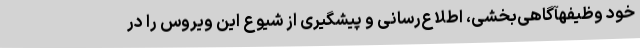
خود وظیفهآگاهی‌بخشی، اطلاع‌رسانی و پیشگیری از شیوع این ویروس را در